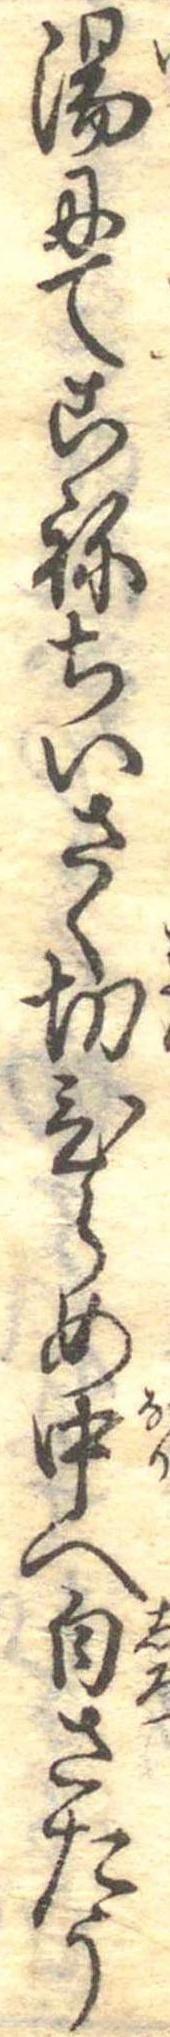
湯にてこねちいさく切ひらめ中へ白さたう